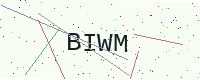
Text: BIWM